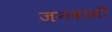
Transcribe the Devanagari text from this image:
जनवासी